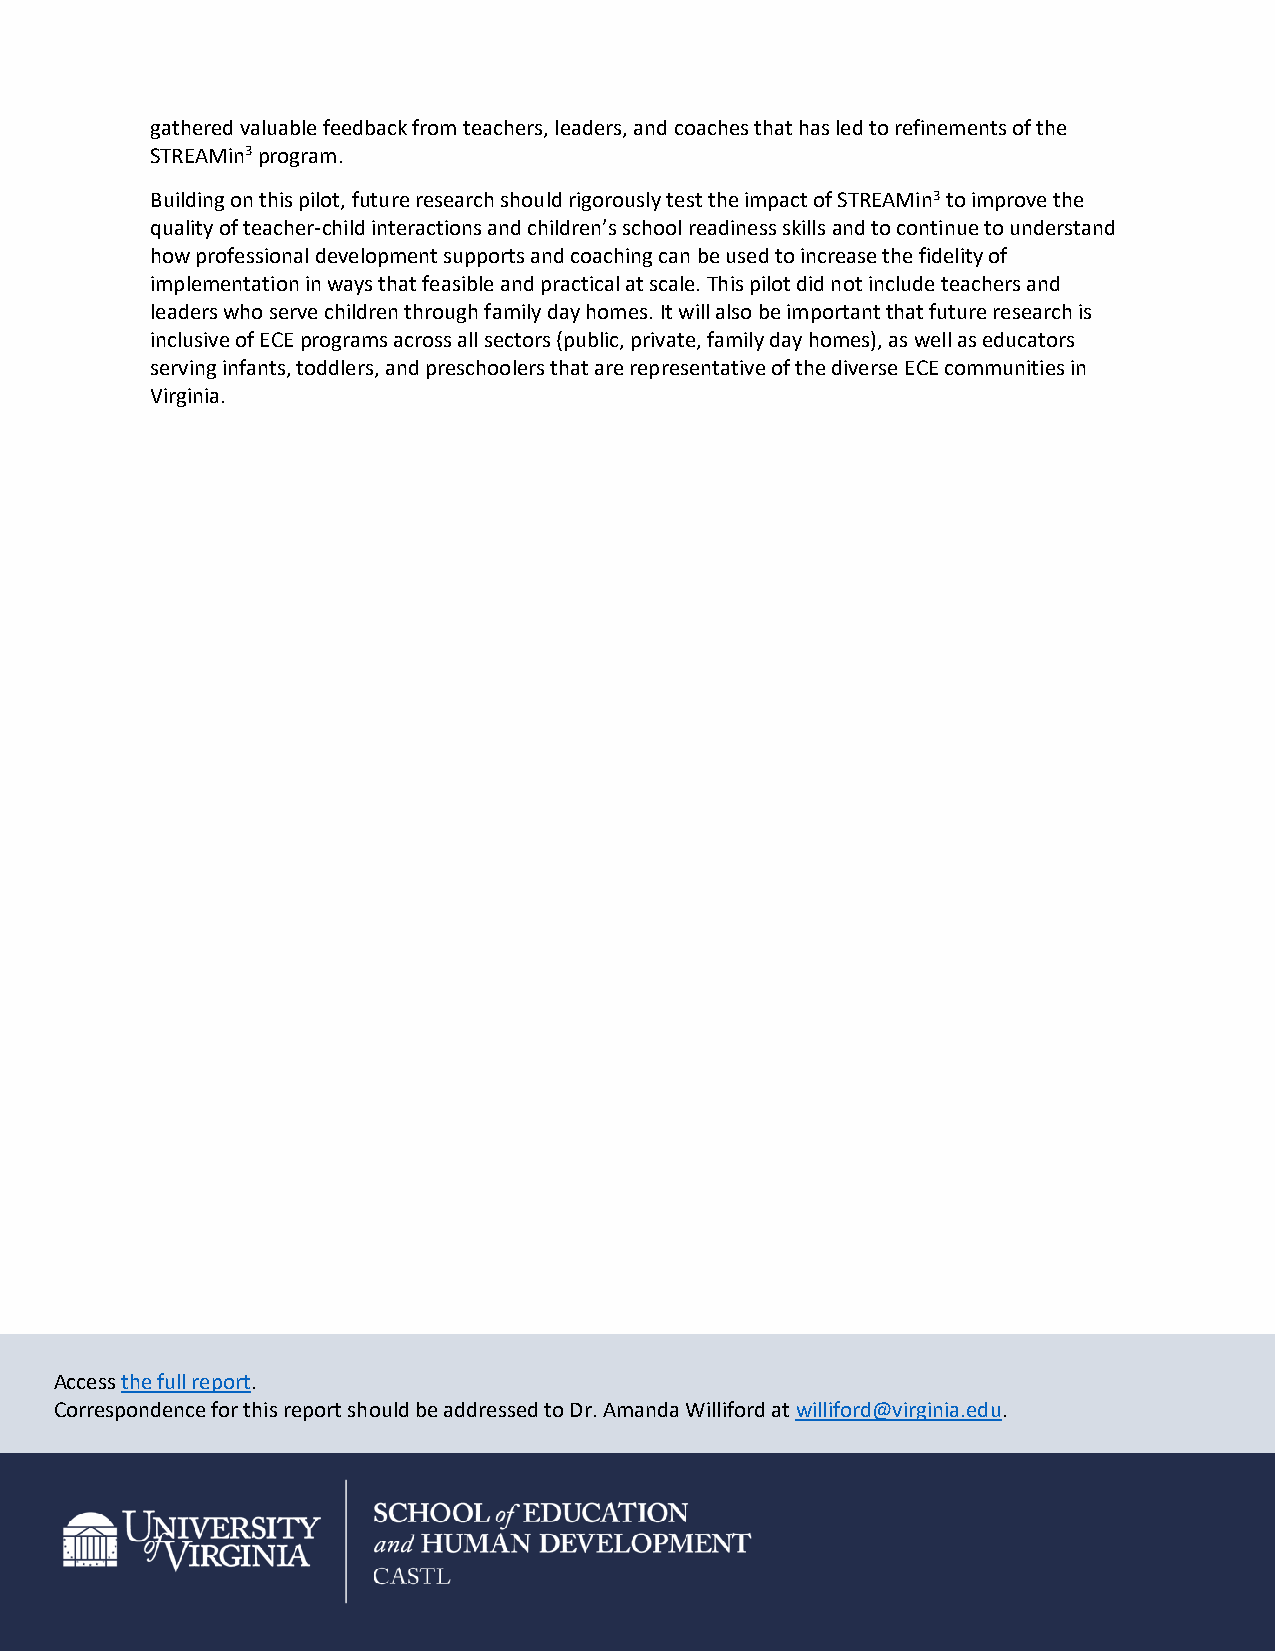
gathered valuable feedback from teachers, leaders, and coaches that has led to refinements of the
 STREAMin3 program.
 Building on this pilot, future research should rigorously test the impact of STREAMin3 to improve the
 quality of teacher-child interactions and children’s school readiness skills and to continue to understand
 how professional development supports and coaching can be used to increase the fidelity of
 implementation in ways that feasible and practical at scale. This pilot did not include teachers and
 leaders who serve children through family day homes. It will also be important that future research is
 inclusive of ECE programs across all sectors (public, private, family day homes), as well as educators
 serving infants, toddlers, and preschoolers that are representative of the diverse ECE communities in
 Virginia.
 Access the full report.
 Correspondence for this report should be addressed to Dr. Amanda Williford at williford@virginia.edu.
 6